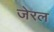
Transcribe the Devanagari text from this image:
जेरल